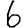
Digit: 6